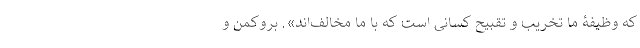
که وظیفۀ ما تخریب و تقبیح کسانی است که با ما مخالف‌اند». بروکمن و